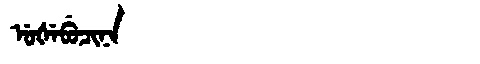
Manchu: ᡠᡧᡝᠪᡠᠴᡳᠨᠠ
Romanization: UŠEBUCINA